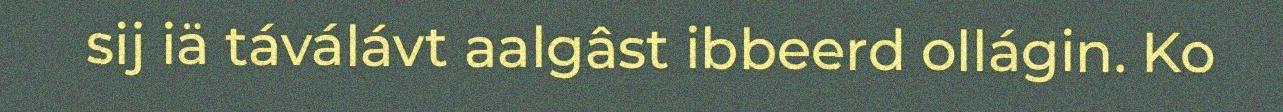
sij iä táválávt aalgâst ibbeerd ollágin. Ko